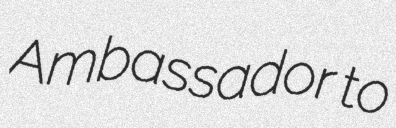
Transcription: Ambassador to